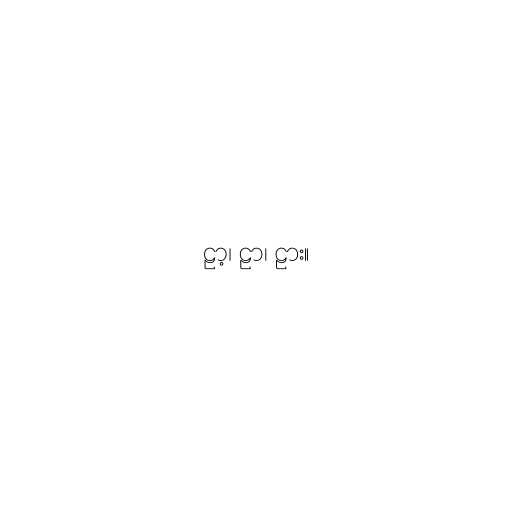
ဠာ့၊ ဠာ၊ ဠား။